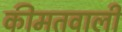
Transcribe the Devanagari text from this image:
कीमतवाली